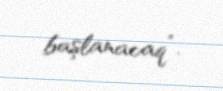
başlanacaq”.